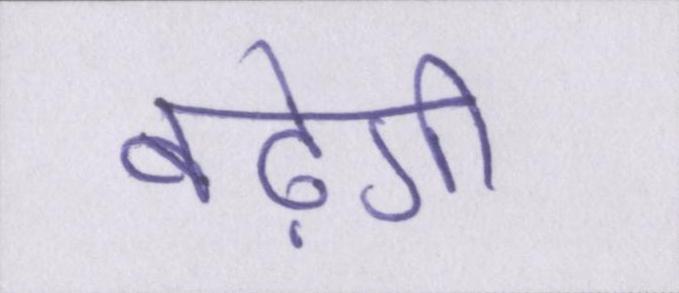
बढ़ेगी